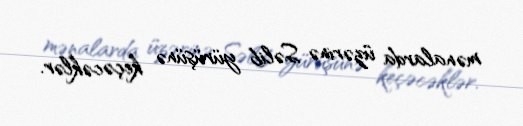
mənalarda üzərinə Səlib yürüşünə keçəcəklər.